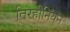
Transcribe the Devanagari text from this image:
तिरहीनियन